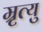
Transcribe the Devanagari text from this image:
म्रृत्यु